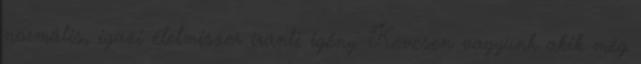
normális, igazi élelmiszer iránti igény. Kevesen vagyunk akik még